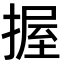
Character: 握